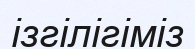
ізгілігіміз